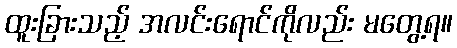
ထူးခြားသည့် အလင်းရောင်ကိုလည်း မတွေ့ရ။